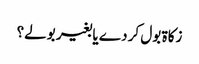
زکاۃ بول کر دے یا بغیر بولے؟